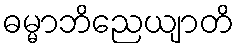
ဓမ္မာဘိညေယျာတိ